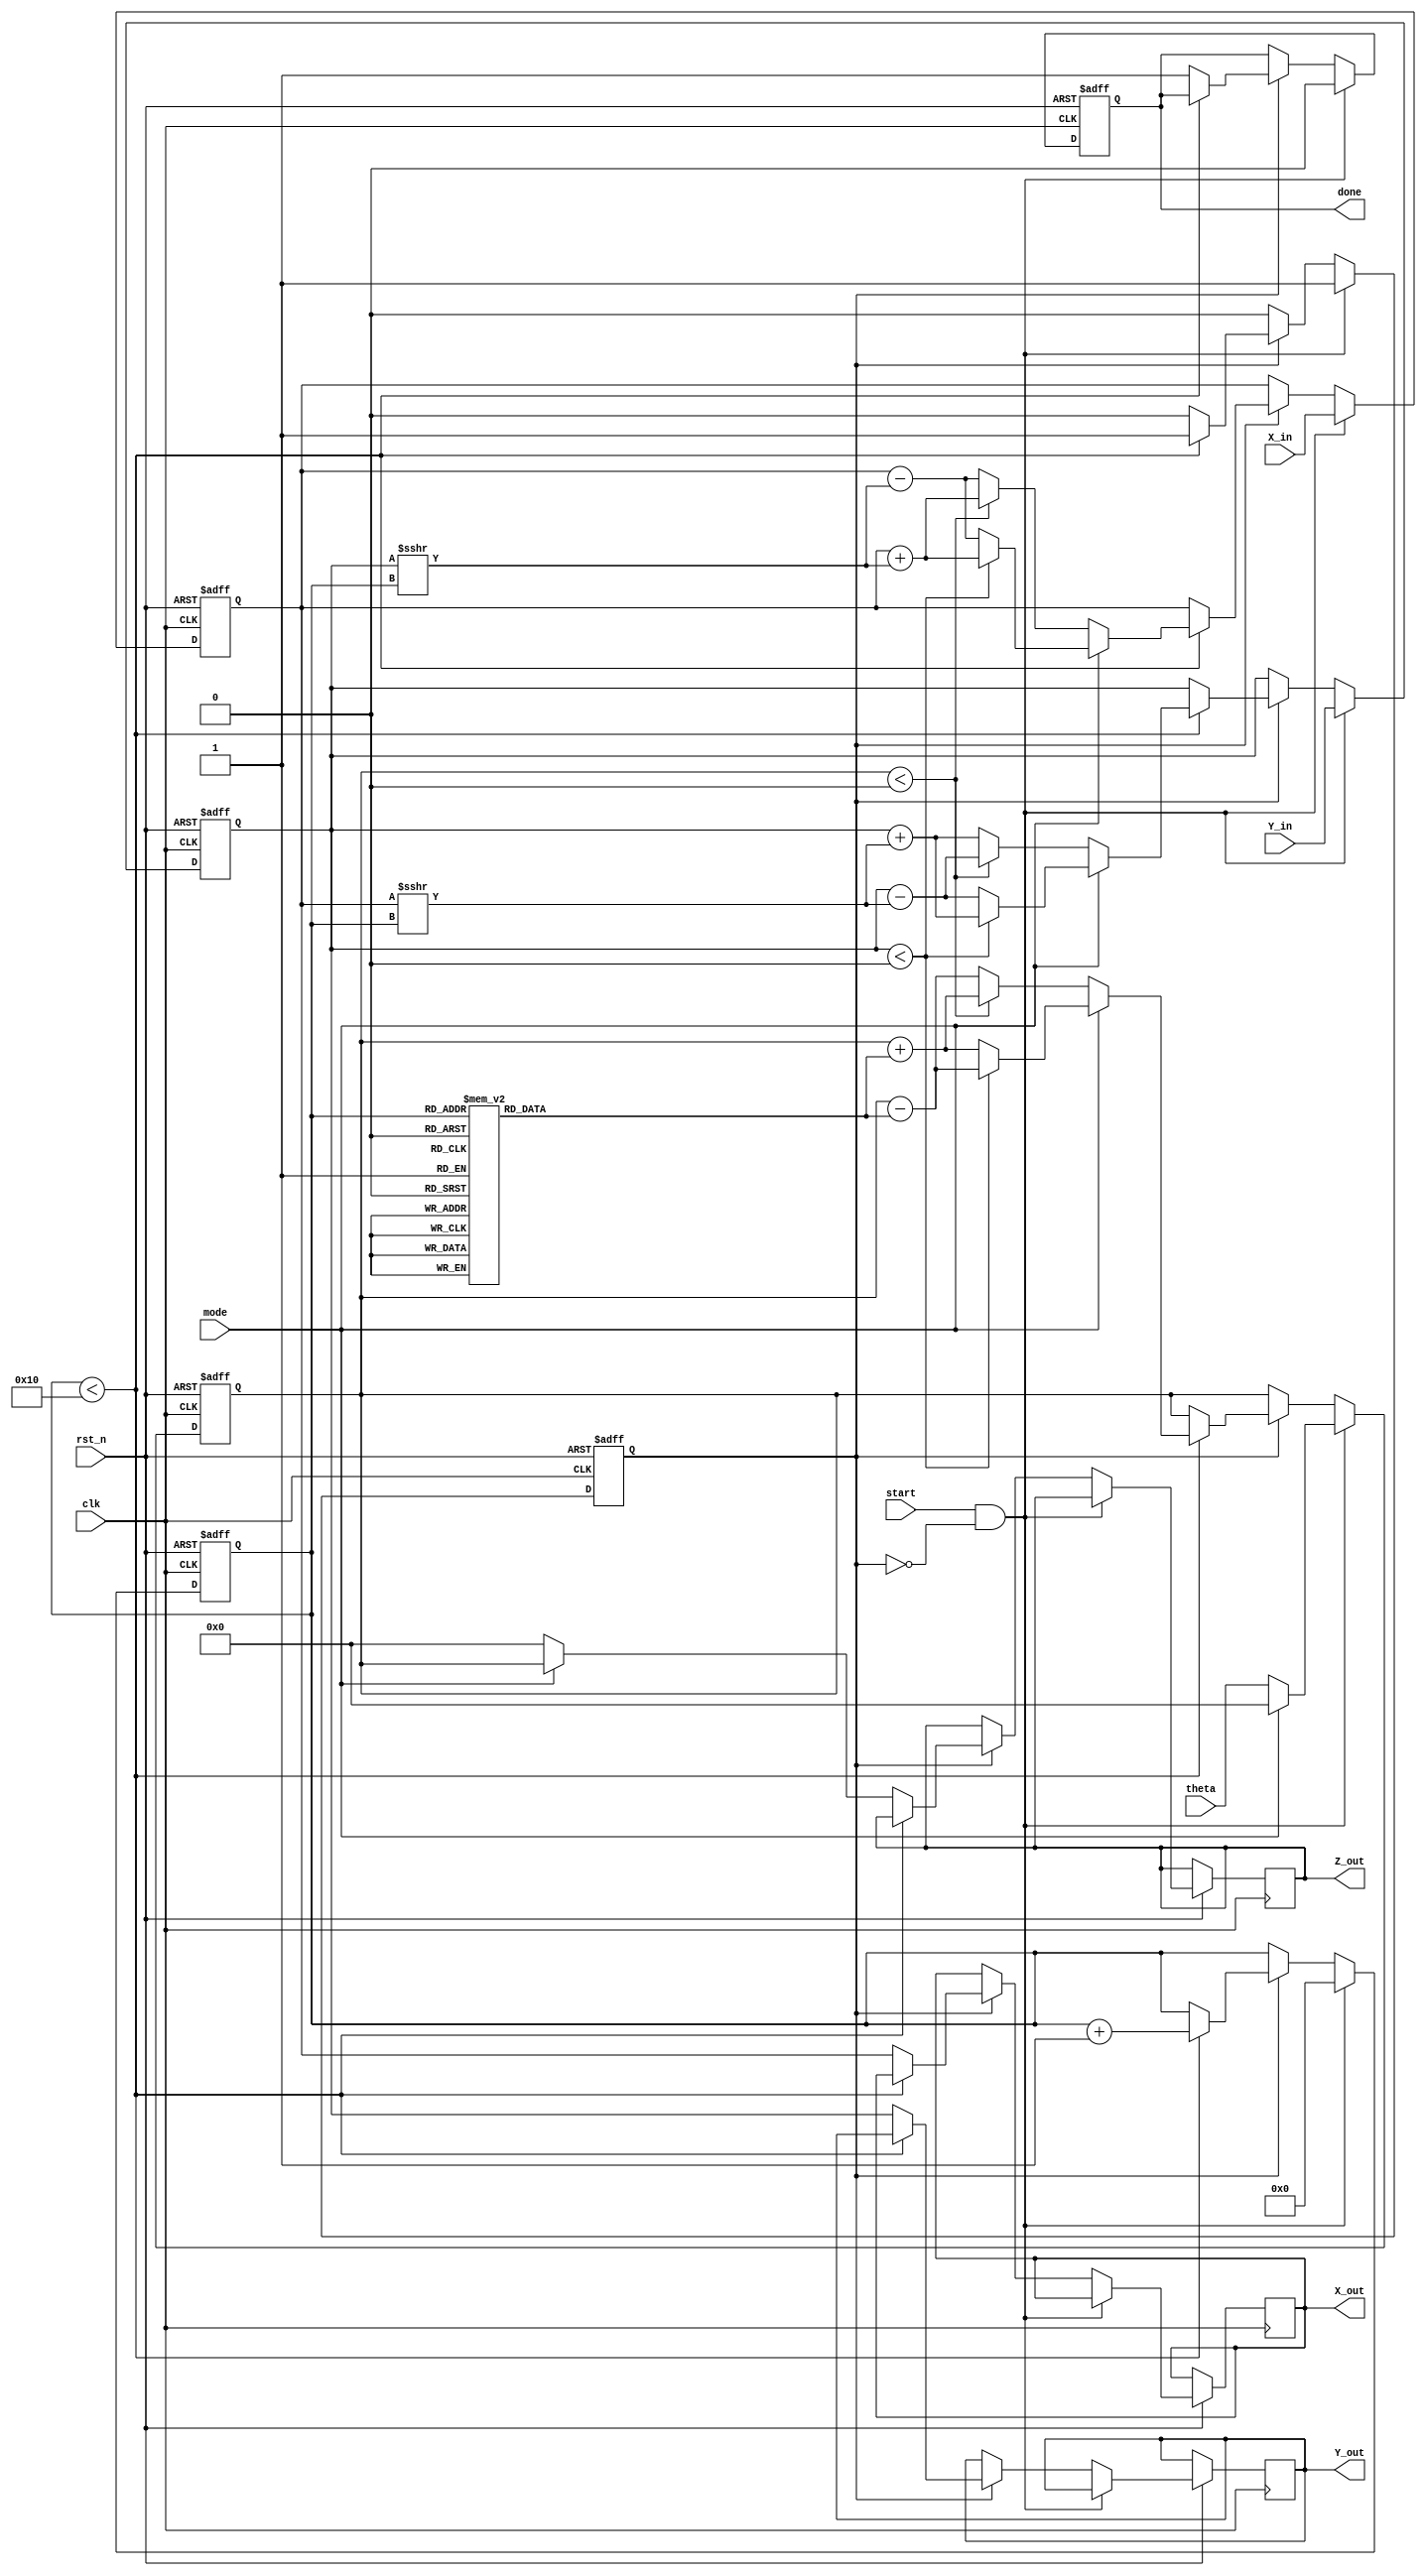
module cordic_fixed_point #(
    parameter WORD_LENGTH = 16,       // Total bits
    parameter FRACTIONAL_BITS = 14,   // Fractional bits
    parameter ITERATIONS = 16          // Number of iterations
)(
    input wire clk,                    // Clock signal
    input wire rst_n,                  // Active-low reset
    input wire start,                  // Start signal
    input wire mode,                   // Mode select (0: rotation, 1: vectoring)
    input wire signed [WORD_LENGTH-1:0] theta,  // Angle input (fixed-point)
    input wire signed [WORD_LENGTH-1:0] X_in,    // Initial X input
    input wire signed [WORD_LENGTH-1:0] Y_in,    // Initial Y input
    output reg signed [WORD_LENGTH-1:0] X_out,    // X output
    output reg signed [WORD_LENGTH-1:0] Y_out,    // Y output
    output reg signed [WORD_LENGTH-1:0] Z_out,    // Z output (for vectoring mode)
    output reg done                     // Done signal
);

    // CORDIC constants (arctan(2^-i) values for fixed-point representation)
    reg signed [WORD_LENGTH-1:0] atan_table [0:ITERATIONS-1];
    initial begin
        // Precomputed arctan values in fixed-point representation
        atan_table[0] = 16'h2000; // atan(1) = pi/4
        atan_table[1] = 16'h1666; // atan(1/2) = pi/6
        atan_table[2] = 16'h0CCC; // atan(1/4) = pi/12
        atan_table[3] = 16'h0A3D; // atan(1/8) = pi/16
        atan_table[4] = 16'h0527; // atan(1/16) = pi/32
        atan_table[5] = 16'h028B; // atan(1/32) = pi/64
        atan_table[6] = 16'h0142; // atan(1/64) = pi/128
        atan_table[7] = 16'h00A1; // atan(1/128) = pi/256
        // Additional values can be added for more iterations
        // ...
    end

    // Internal registers
    reg signed [WORD_LENGTH-1:0] X, Y, Z;
    reg [3:0] iter;
    reg running;

    // CORDIC operation
    always @(posedge clk or negedge rst_n) begin
        if (!rst_n) begin
            X <= 0;
            Y <= 0;
            Z <= 0;
            iter <= 0;
            done <= 0;
            running <= 0;
        end else if (start && !running) begin
            // Initialize inputs
            X <= X_in;
            Y <= Y_in;
            Z <= mode ? 0 : theta; // Set Z to 0 for rotation mode
            iter <= 0;
            done <= 0;
            running <= 1;
        end else if (running) begin
            if (iter < ITERATIONS) begin
                // CORDIC rotation
                if (mode == 0) begin // Rotation mode
                    if (Z < 0) begin
                        // Rotate counterclockwise
                        X <= X + (Y >>> iter);
                        Y <= Y - (X >>> iter);
                        Z <= Z + atan_table[iter];
                    end else begin
                        // Rotate clockwise
                        X <= X - (Y >>> iter);
                        Y <= Y + (X >>> iter);
                        Z <= Z - atan_table[iter];
                    end
                end else begin // Vectoring mode
                    // Use the same rotation logic but update Z
                    if (Y < 0) begin
                        X <= X + (Y >>> iter);
                        Y <= Y + (X >>> iter);
                        Z <= Z - atan_table[iter];
                    end else begin
                        X <= X - (Y >>> iter);
                        Y <= Y - (X >>> iter);
                        Z <= Z + atan_table[iter];
                    end
                end
                iter <= iter + 1;
            end else begin
                // Finished iterations
                X_out <= X;
                Y_out <= Y;
                Z_out <= mode ? Z : 0; // Output Z only in vectoring mode
                done <= 1;
                running <= 0;
            end
        end
    end

endmodule